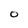
Character: 0